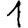
Digit: 1